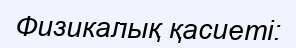
Физикалық қасиеті: